Document type: Grant
Year: 1403
Scribe: Berenguer Pedrosell
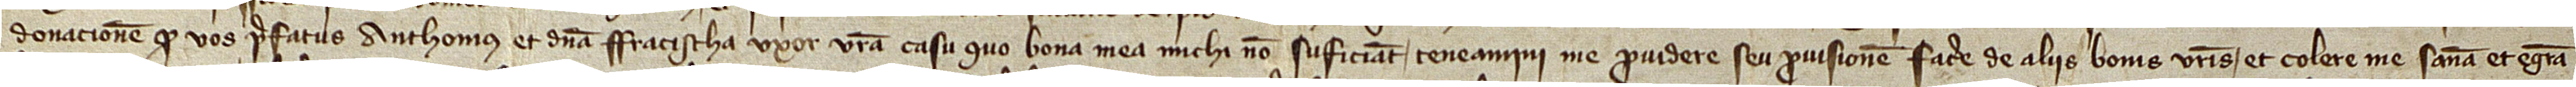
donacionem quod vos prefatus Anthonius et domina Fra(n)cischa, uxor vestra, casu quo bona mea michi non suficiant, teneamini me providere seu provisionem facere de aliis bonis vestris, et colere me sanam et egram